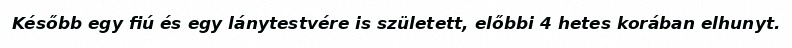
Később egy fiú és egy lánytestvére is született, előbbi 4 hetes korában elhunyt.